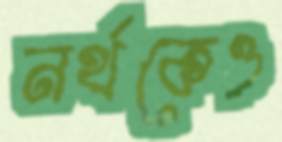
নর্থকেও